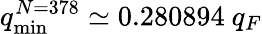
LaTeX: q_{\mathrm{min}}^{N=378}\simeq 0.280894~q_{F}